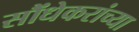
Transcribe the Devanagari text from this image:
सौंधेकरांच्या